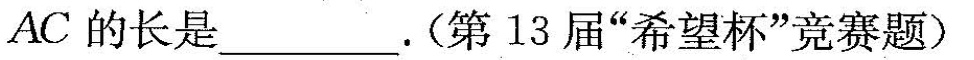
A C$$的长是___。(第13届”希望杯”竞赛题)